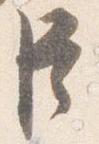
臣